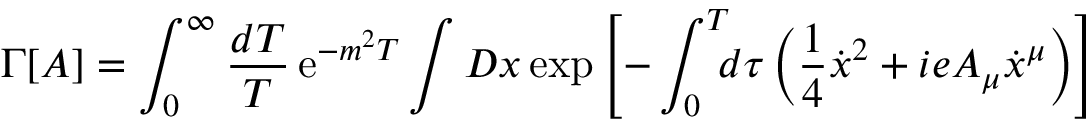
\Gamma \lbrack A \rbrack = \int _ { 0 } ^ { \infty } { \frac { d T } { T } } \, \mathrm { e } ^ { - m ^ { 2 } T } \int { \cal D } x \, \mathrm { e x p } \left[ - \int _ { 0 } ^ { T } \! \! \! d \tau \left( { \frac { 1 } { 4 } } { \dot { x } } ^ { 2 } + i e A _ { \mu } \dot { x } ^ { \mu } \right) \right]